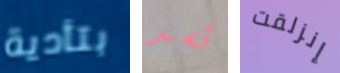
بتأدية تسد إنزلقت